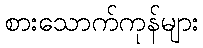
စားသောက်ကုန်များ